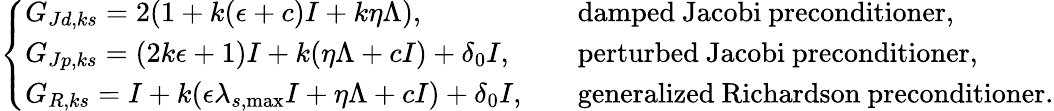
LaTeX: \left\{ \begin{array}{ll}{G_{Jd,ks}=2(1+k(\epsilon+c)I+k\eta\Lambda),\quad}&{\mathrm{damped~Jacobi~preconditioner},}\\ {G_{Jp,ks}=(2k\epsilon+1)I+k(\eta\Lambda+cI)+\delta_{0}I,\quad}&{\mathrm{perturbed~Jacobi~preconditioner},}\\ {G_{R,ks}=I+k(\epsilon\lambda_{s,\operatorname*{max}}I+\eta\Lambda+cI)+\delta_{0}I,\quad}&{\mathrm{generalized~Richardson~preconditioner}.}\end{array}\right.